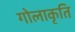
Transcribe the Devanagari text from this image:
गोलाकृति